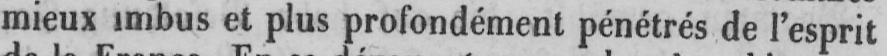
mieux imbus et plus profondément pénétrés de l’esprit